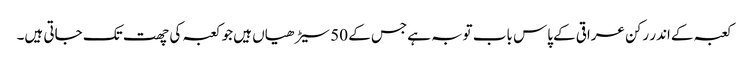
کعبہ کےاندر رکن عراقی کےپاس باب توبہ ہےجس کے 50 سیڑھیاں ہیں جو کعبہ کی چھت تک جاتی ہیں۔